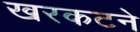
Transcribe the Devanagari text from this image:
खरकटने